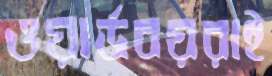
ওয়ার্ডবয়রাই